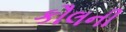
કૌલની